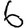
Digit: 6